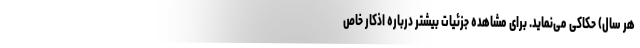
هر سال) حکاکی می‌نماید. برای مشاهده جزئیات بیشتر درباره اذکار خاص